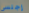
إجلسى